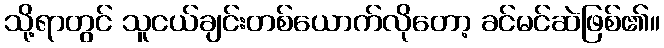
သို့ရာတွင် သူငယ်ချင်းတစ်ယောက်လိုတော့ ခင်မင်ဆဲဖြစ်၏။